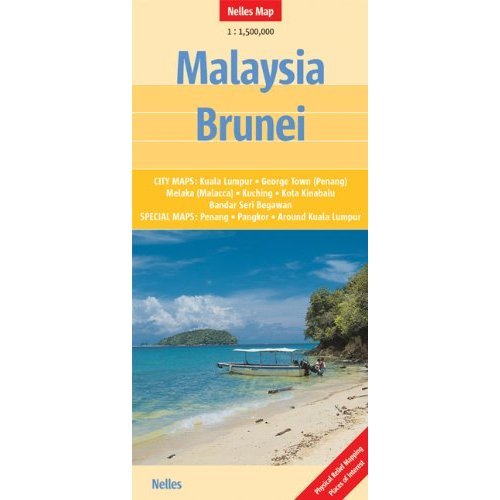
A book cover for Malaysia - Brunei Nelles Map; *             ; Travel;